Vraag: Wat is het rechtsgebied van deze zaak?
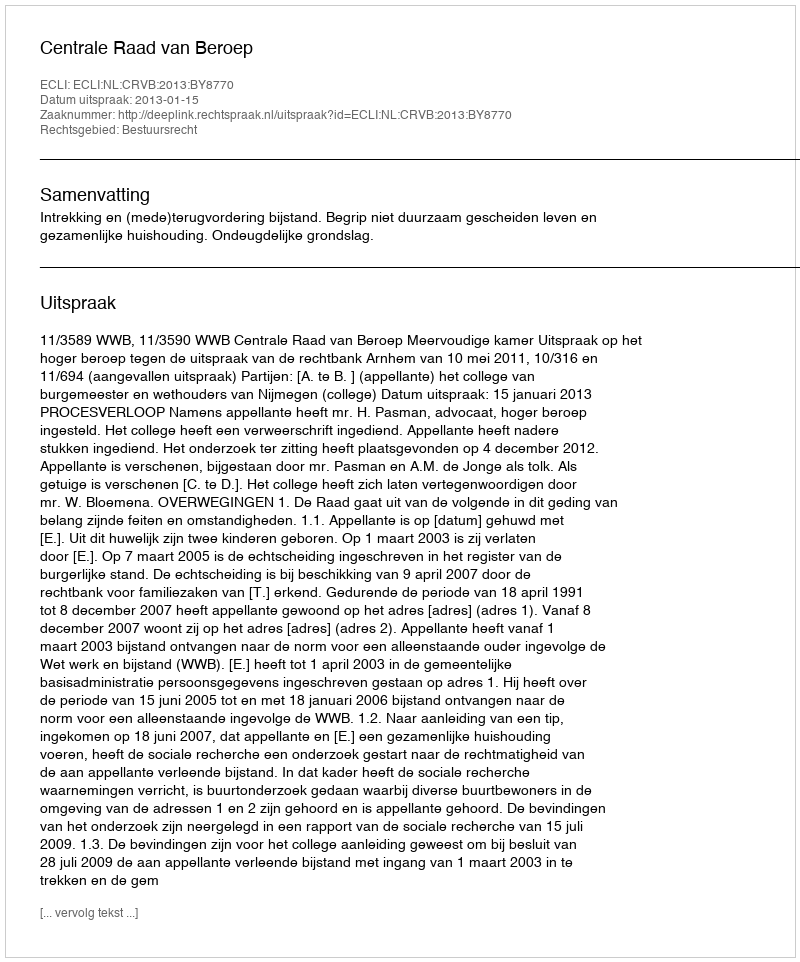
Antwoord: Bestuursrecht